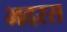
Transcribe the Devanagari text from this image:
भदरस